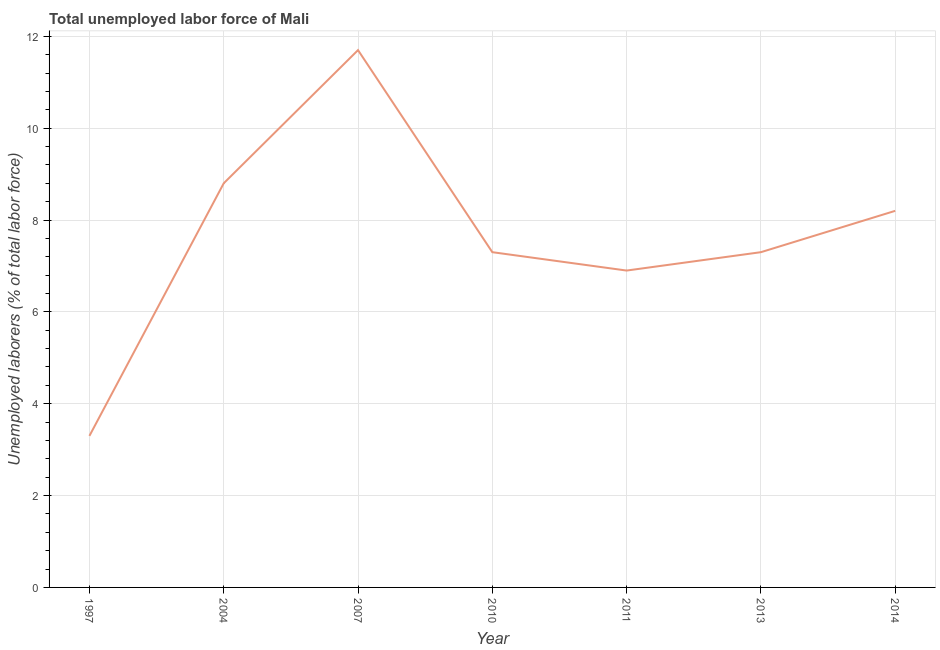
| Year | Unemployment total |
 | --- | --- |
 | 1997 | 3.3 |
 | 2004 | 8.8 |
 | 2007 | 11.7 |
 | 2010 | 7.3 |
 | 2011 | 6.9 |
 | 2013 | 7.3 |
 | 2014 | 8.2 |